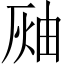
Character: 𤉓